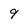
Character: 9